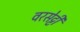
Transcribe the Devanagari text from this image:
वरसेट्टी